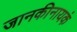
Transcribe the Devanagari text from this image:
जानकीनायकं